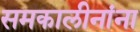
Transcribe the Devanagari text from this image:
समकालीनांना